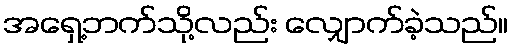
အရှေ့ဘက်သို့လည်း လျှောက်ခဲ့သည်။